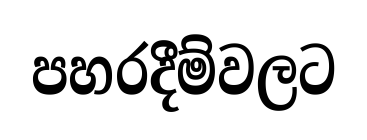
පහරදීම්වලට